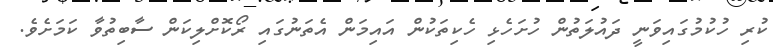
ކުރި ހުކުމުގައިވަނީ ދައުލަތުން ހުށަހެޅި ހެކިތަކުން އައިމަން އެތަނުގައި ރޯކޮށްލިކަން ސާބިތުވާ ކަމަށެވެ.